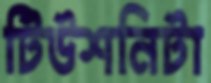
টিউশনিটা